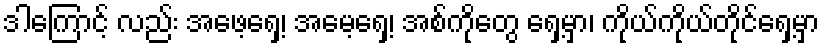
ဒါကြောင့် လည်း အဖေ့ရှေ့၊ အမေ့ရှေ့၊ အစ်ကိုတွေ ရှေ့မှာ၊ ကိုယ်ကိုယ်တိုင်ရှေ့မှာ